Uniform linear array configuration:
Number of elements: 12
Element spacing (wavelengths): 1
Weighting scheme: blackman
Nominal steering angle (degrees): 45
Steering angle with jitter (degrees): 45.233
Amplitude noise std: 0.05
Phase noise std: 0.05

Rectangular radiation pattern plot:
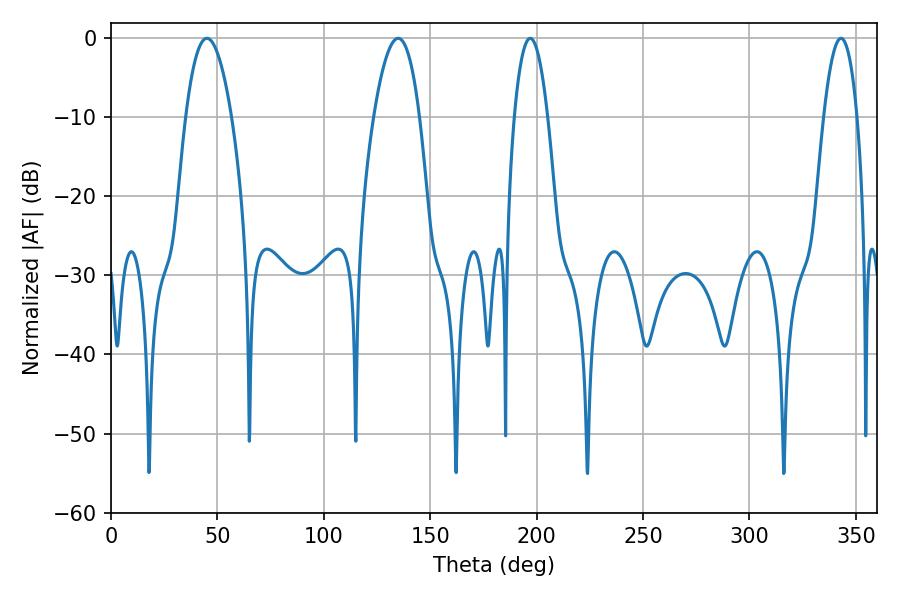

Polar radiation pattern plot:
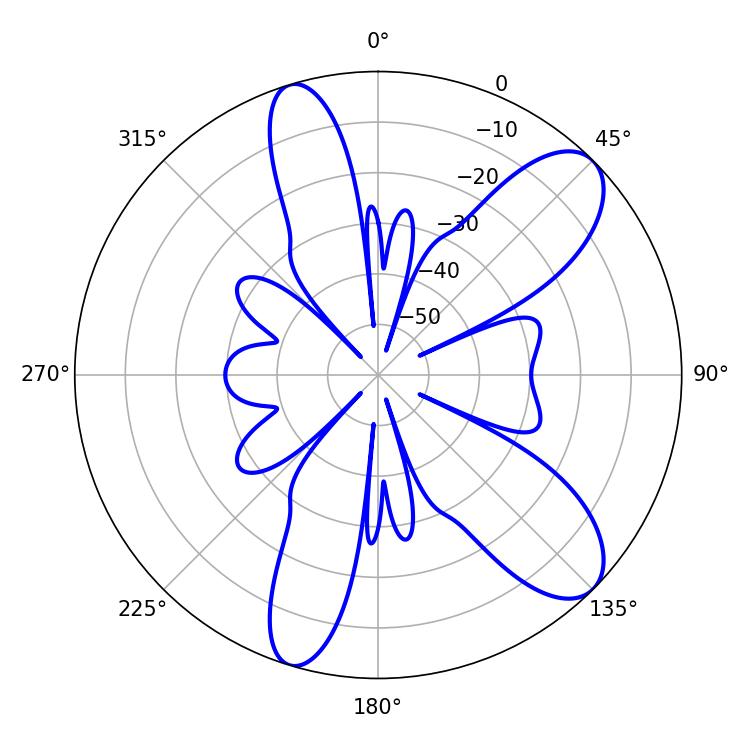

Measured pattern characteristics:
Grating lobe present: TRUE
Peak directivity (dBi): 9.592
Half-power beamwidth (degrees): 11.88
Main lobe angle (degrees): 135